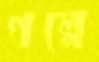
গল্পে